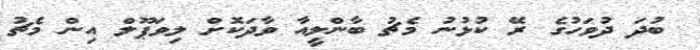
ބުދަ ދުވަހުގެ ރޭ ކުޅުނު މެޗު ބާންލީއާ ވާދަކޮށް ލިވަޕޫލް އިން މެޗު